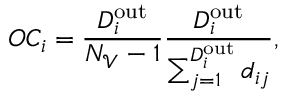
O C _ { i } = \frac { D _ { i } ^ { \mathrm { o u t } } } { N _ { \mathscr { V } } - 1 } \frac { D _ { i } ^ { \mathrm { o u t } } } { \sum _ { j = 1 } ^ { D _ { i } ^ { \mathrm { o u t } } } d _ { i j } } ,